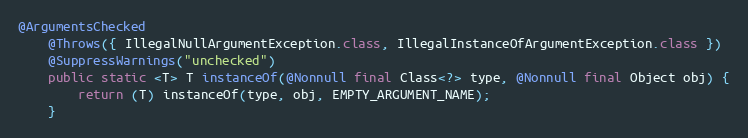
Language: Java
@ArgumentsChecked
	@Throws({ IllegalNullArgumentException.class, IllegalInstanceOfArgumentException.class })
	@SuppressWarnings("unchecked")
	public static <T> T instanceOf(@Nonnull final Class<?> type, @Nonnull final Object obj) {
		return (T) instanceOf(type, obj, EMPTY_ARGUMENT_NAME);
	}